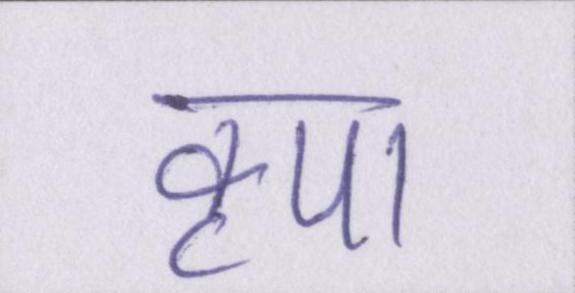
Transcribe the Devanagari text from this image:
कृपा